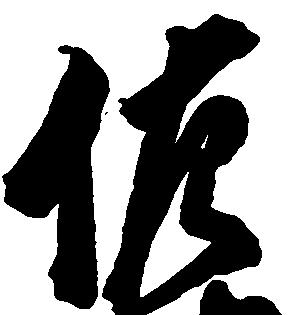
佐